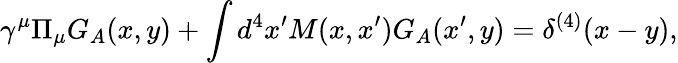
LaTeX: \gamma^{\mu}\Pi_{\mu}G_{A}(x,y)+\int d^{4}x^{\prime}M(x,x^{\prime})G_{A}(x^{\prime},y)=\delta^{(4)}(x-y),